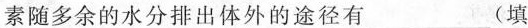
素随多余的水分排出体外的途径有___(填